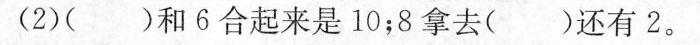
(2)( )和6合起来是10；8拿去( )还有2。